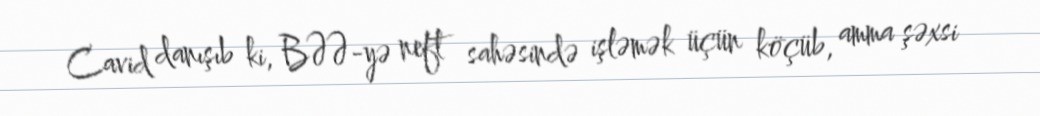
Cavid danışıb ki, BƏƏ-yə neft sahəsində işləmək üçün köçüb, amma şəxsi